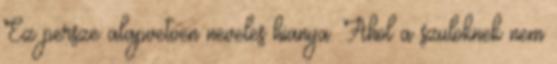
Ez persze alapvetoen neveles hianya. Ahol a szuloknek nem